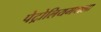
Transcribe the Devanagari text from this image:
पेट्रोलियमवाला